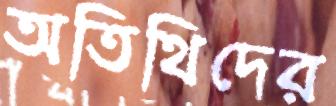
অতিথিদের